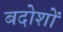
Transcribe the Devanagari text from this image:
बदोशों